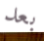
بعد